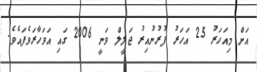
އަށް މިއަހަރު 25 އަހަރު ފުރުނުއިރު ޖަލީލް ވަނީ 2006 ގައި އަވަހާރަވެފައެވެ.